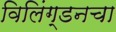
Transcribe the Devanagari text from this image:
विलिंग्डनचा